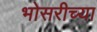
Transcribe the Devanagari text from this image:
भोसरीच्या